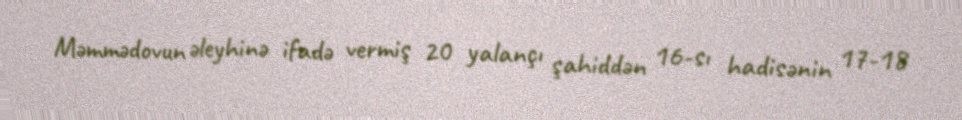
Məmmədovun əleyhinə ifadə vermiş 20 yalançı şahiddən 16-sı hadisənin 17-18